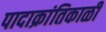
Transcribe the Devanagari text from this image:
पादाक्रांतिकाळी